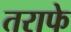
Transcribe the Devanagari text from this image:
तराफे